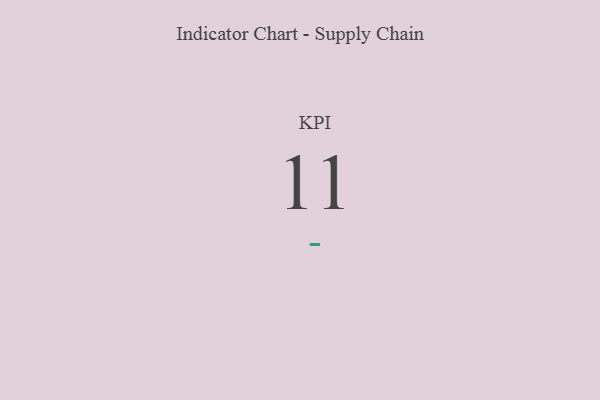
{"axis": {"x": "KPI", "y": "Value"}, "legend": [""], "data": [{"x": "KPI", "y": 11, "type": ""}]}